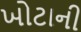
ખોટાની